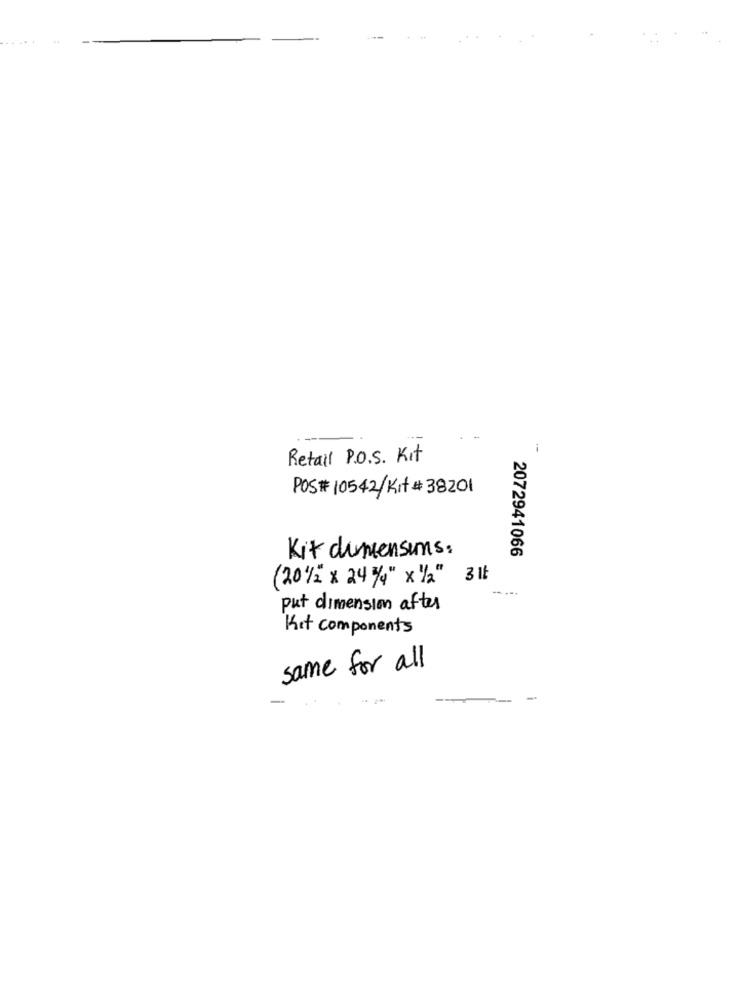
i
Retail P.O.S. Kit
POS# 10542/Kit # 38201
Kit dimensuns:
2072941066
(201/2" x 24%4" x 1/2" 3 lt
put dimension after
Kit components
same for all